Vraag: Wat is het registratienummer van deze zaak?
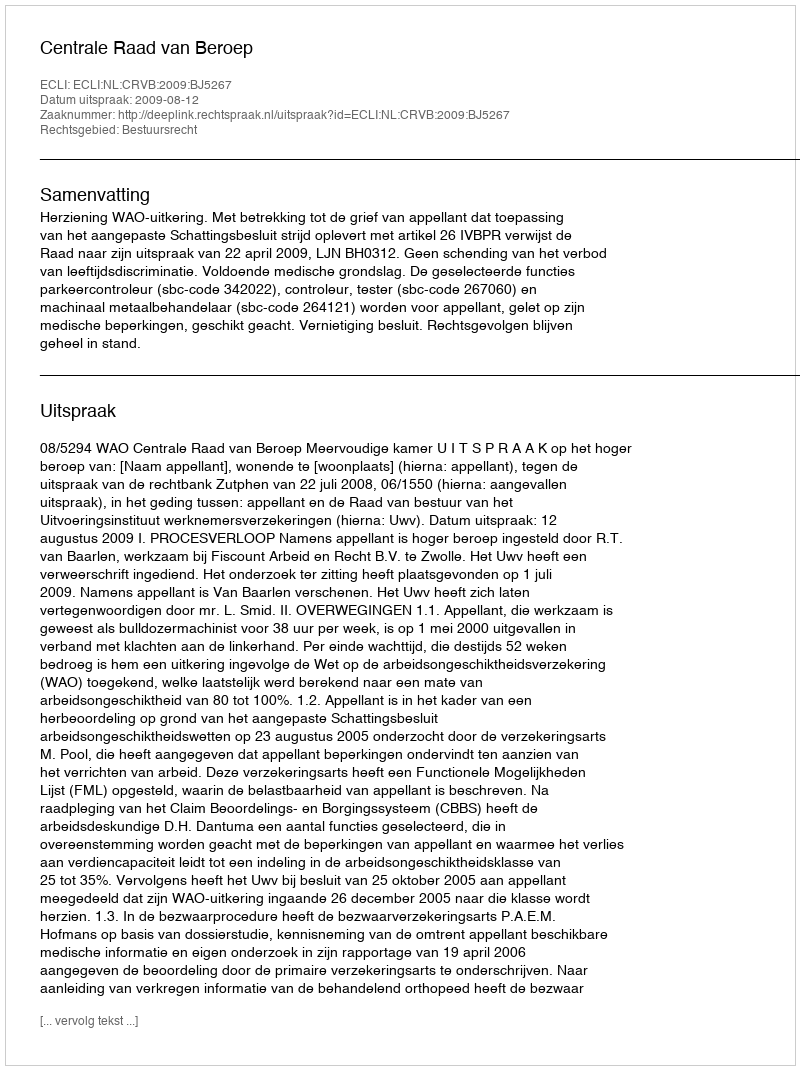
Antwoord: http://deeplink.rechtspraak.nl/uitspraak?id=ECLI:NL:CRVB:2009:BJ5267